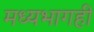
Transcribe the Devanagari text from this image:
मध्यभागही